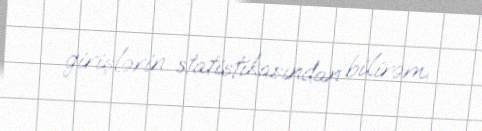
girişlərin statistikasından bilirəm.